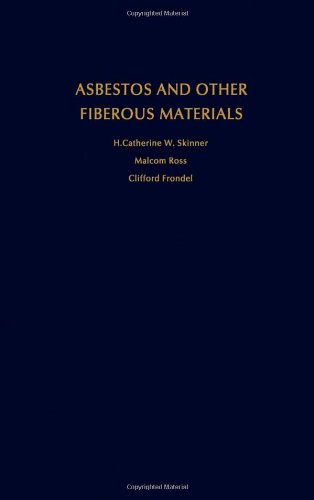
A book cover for Asbestos and Other Fibrous Materials: Mineralogy, Crystal Chemistry, and Health Effects; H. Catherine W. Skinner; Health, Fitness & Dieting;